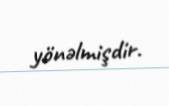
yönəlmişdir.